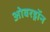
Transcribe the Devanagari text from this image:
ओवरड्रॉन